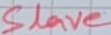
Text: Slave